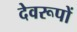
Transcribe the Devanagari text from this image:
देवरूपों